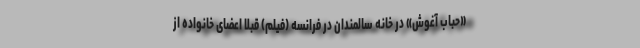
«حباب آغوش» در خانه سالمندان در فرانسه (فیلم) قبلا اعضای خانواده از